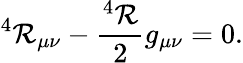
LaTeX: ^4{\cal\mathcal{R}}_{\mu\nu}-\frac{{^4{\cal\mathcal{R}}}}{{2}}g_{\mu\nu}=0.